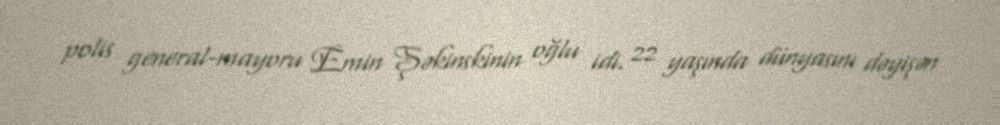
polis general-mayoru Emin Şəkinskinin oğlu idi. 22 yaşında dünyasını dəyişən